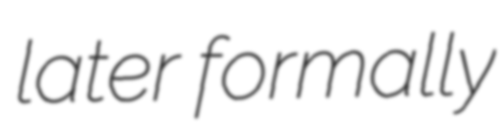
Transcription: later formally